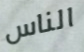
الناس